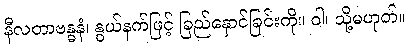
နီလတာဗန္ဓနံ၊ နွယ်နက်ဖြင့် ခြည်နှောင်ခြင်းကို။ ဝါ၊ သို့မဟုတ်။